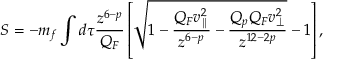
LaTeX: S = - m _ { f } \int d \tau { \frac { z ^ { 6 - p } } { Q _ { F } } } \left[ \sqrt { 1 - { \frac { Q _ { F } v _ { \parallel } ^ { 2 } } { z ^ { 6 - p } } } - { \frac { Q _ { p } Q _ { F } v _ { \perp } ^ { 2 } } { z ^ { 1 2 - 2 p } } } } - 1 \right] ,